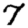
Digit: 7